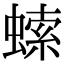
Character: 𧎳